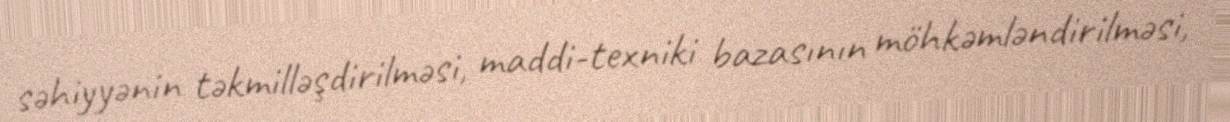
səhiyyənin təkmilləşdirilməsi, maddi-texniki bazasının möhkəmləndirilməsi,